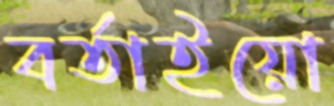
বর্তাইয়ো